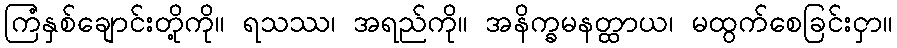
ကြံနှစ်ချောင်းတို့ကို။ ရသဿ၊ အရည်ကို။ အနိက္ခမနတ္ထာယ၊ မထွက်စေခြင်းငှာ။